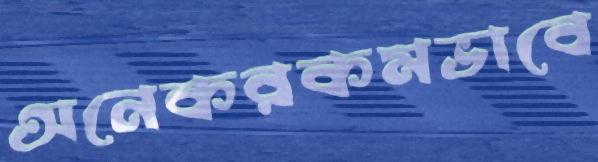
অনেকরকমভাবে